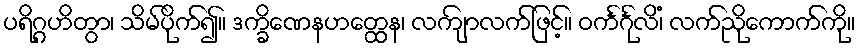
ပရိဂ္ဂဟိတွာ၊ သိမ်ပိုက်၍။ ဒက္ခိဏေနဟတ္ထေန၊ လကျ်ာလက်ဖြင့်။ ဝင်္ကင်္ဂုလိံ၊ လက်ညိုကောက်ကို။